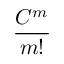
\frac { C ^ { m } } { m ! }